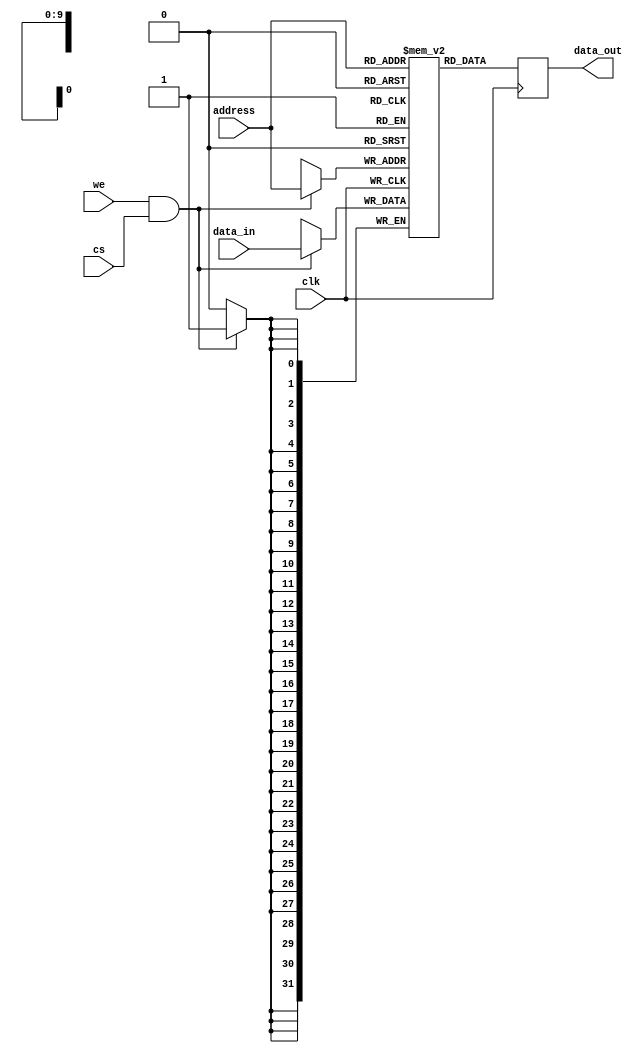
module datamemory(
	input  clk, we, cs,
	input  [31:0] data_in,
	input  [9:0] address,
	output reg [31:0] data_out
	);
	
	reg [31:0] memory [0:1023];
	
	always @(posedge clk) begin
		if (we && cs) 
			memory[address] <= data_in;
		data_out <= memory[address];
	end
	
	initial begin
		memory[0]=32'd2001;
		memory[1]=32'd4001;
		memory[2]=32'd5001;
		memory[3]=32'd3001;
	end

endmodule